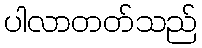
ပါလာတတ်သည်